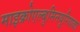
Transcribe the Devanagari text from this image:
माइक्रोएल्बुमिनयूरियाका